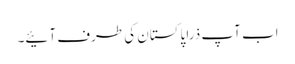
اب آپ ذرا پاکستان کی طرف آئیے۔